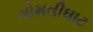
ગોમતીઘાટ